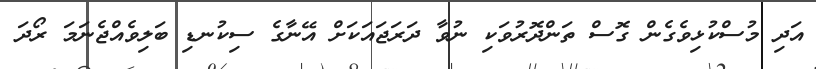
އަދި މުސްކުޅިވެގެން ގޮސް ތަންދޮރުވަކި ނުވާ ދަރަޖައަކަށް އޭނާގެ ސިކުނޑި ބަލިވެއްޖެނަމަ ރޯދަ